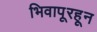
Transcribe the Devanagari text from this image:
भिवापूरहून